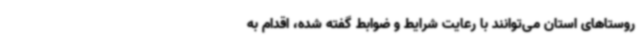
روستاهای استان می‌توانند با رعایت شرایط و ضوابط گفته شده، اقدام به